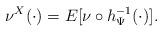
LaTeX: \begin{align*}\nu^X(\cdot)=E[\nu \circ h_{\Psi}^{-1}(\cdot)].\end{align*}